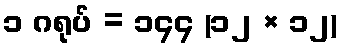
၁ ဂရုပ် = ၁၄၄ (၁၂ × ၁၂)